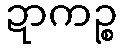
ဍာကဉ္စ